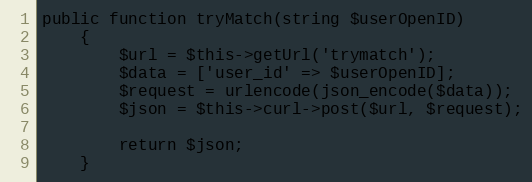
Language: PHP
public function tryMatch(string $userOpenID)
    {
        $url = $this->getUrl('trymatch');
        $data = ['user_id' => $userOpenID];
        $request = urlencode(json_encode($data));
        $json = $this->curl->post($url, $request);

        return $json;
    }